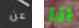
عن انا